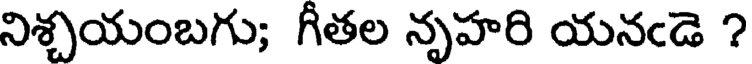
నిశ్చయంబగు; గీతల నృహరి యనఁడె ?